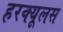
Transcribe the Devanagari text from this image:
हरक्‍यूलस